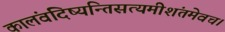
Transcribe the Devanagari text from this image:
कालंवदिष्यन्तिसत्यमीशंतमेवच।